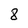
Character: 8